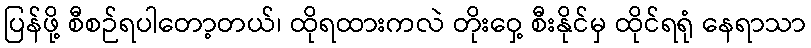
ပြန်ဖို့ စီစဉ်ရပါတော့တယ်၊ ထိုရထားကလဲ တိုးဝှေ့ စီးနိုင်မှ ထိုင်ရရုံ နေရာသာ